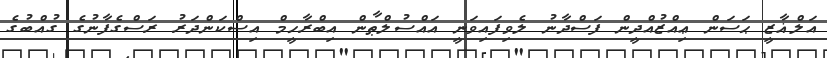
އަލްޣާޒީ ޙަސަން ޢިއްޒުއްދީން ފަސްދާނު ލެވިފައިވަނީ އައްސުލްޠާން އިބްރާހީމް އިސްކަންދަރު ރަސްގެފާނުގެ ގުއްބުގެ